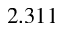
2 . 3 1 1